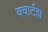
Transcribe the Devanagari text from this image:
क्वार्टझ